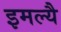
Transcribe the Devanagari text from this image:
इमल्यै